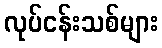
လုပ်ငန်းသစ်များ